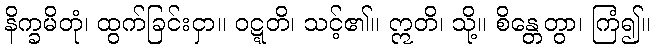
နိက္ခမိတုံ၊ ထွက်ခြင်းငှာ။ ဝဋ္ဋတိ၊ သင့်၏။ ဣတိ၊ သို့။ စိန္တေတွာ၊ ကြံ၍။